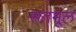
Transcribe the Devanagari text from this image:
सतमूल